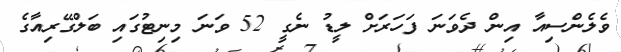
ވެލެންސިއާ އިން ދެވަނަ ފަހަރަށް ލީޑު ނެގީ 52 ވަނަ މިނިޓުގައި ބަލްގޭރިއާގެ